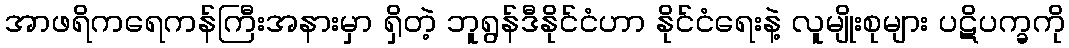
အာဖရိကရေကန်ကြီးအနားမှာ ရှိတဲ့ ဘူရွန်ဒီနိုင်ငံဟာ နိုင်ငံရေးနဲ့ လူမျိုးစုများ ပဋိပက္ခကို